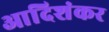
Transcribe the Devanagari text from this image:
आदिशंकर